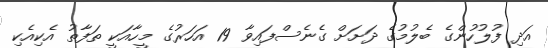
އަދި ފުލުހުންގެ ބެލުމުގެ ދަށަށް ގެނެސްފައިވާ 19 އަހަރުގެ މީހާއަކީ ތަފާތު އެކިއެކި